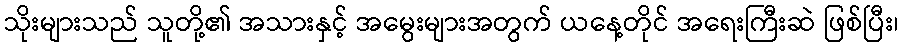
သိုးများသည် သူတို့၏ အသားနှင့် အမွေးများအတွက် ယနေ့တိုင် အရေးကြီးဆဲ ဖြစ်ပြီး၊